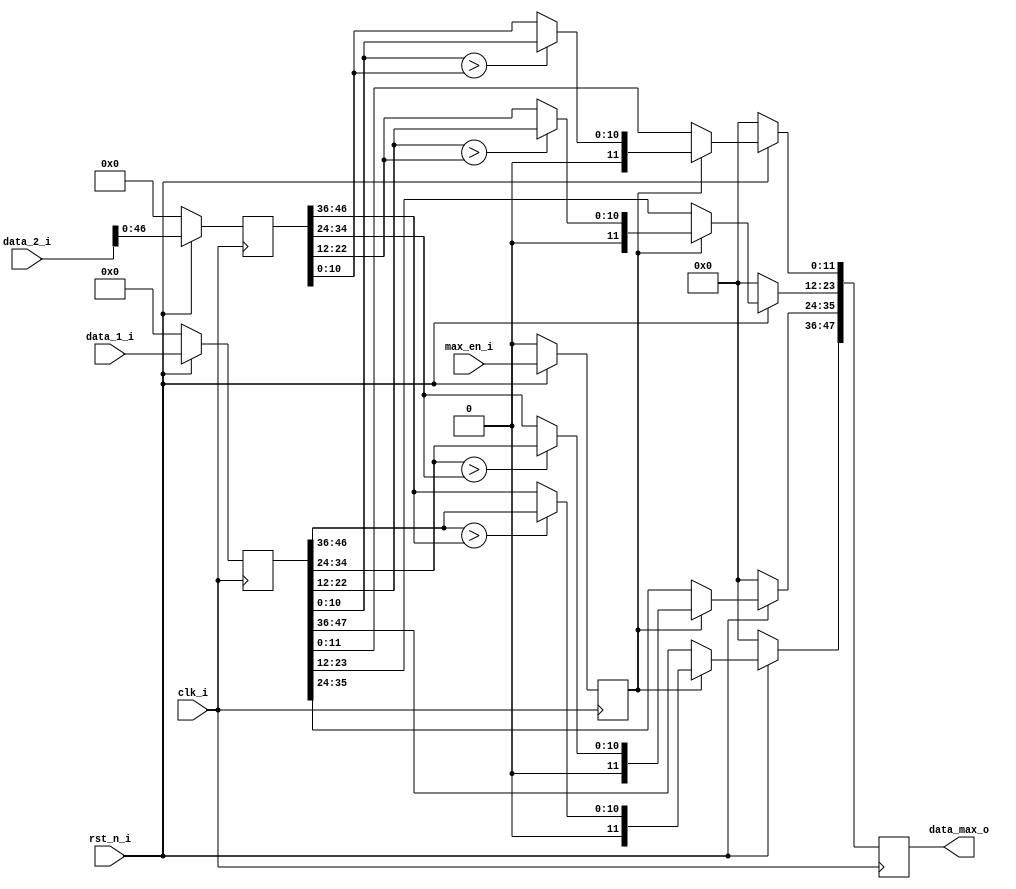
//**************************************************************************************************
// Project/Product : IDCT
// Description     : Inverse Discrete Cosine Transform 
//                   row and column 1D IDCT operation 
//                   with 3 stage pipeline in each 1D IDCT
// Dependencies    : global_defs.v, global_func.v, synch_fifo.v
// References      : 
//
//**************************************************************************************************
   
`timescale 1ns / 1ps

module max_pool(
	clk_i,
	rst_n_i,

	data_1_i,
	data_2_i,
	data_max_o,
	max_en_i
);


//----------------------------------------------------------------------------------------------------------------------
// Global constant and function headers
//----------------------------------------------------------------------------------------------------------------------

//----------------------------------------------------------------------------------------------------------------------
// parameter definitions
//----------------------------------------------------------------------------------------------------------------------

//----------------------------------------------------------------------------------------------------------------------
// localparam definitions
//----------------------------------------------------------------------------------------------------------------------

//----------------------------------------------------------------------------------------------------------------------
// I/O signals
//----------------------------------------------------------------------------------------------------------------------

	// System Clock Signals
	input 															clk_i;
	input 															rst_n_i;

	// Max-pool Control Signals
	input 						[47:0]								data_1_i;
	input 						[47:0]								data_2_i;
	output 	reg					[47:0]								data_max_o;
	input 															max_en_i;

//----------------------------------------------------------------------------------------------------------------------
// Internal wires and registers
//----------------------------------------------------------------------------------------------------------------------

	reg 						[47:0] 								r_data_1;
	reg 						[47:0] 								r_data_2;
	reg 															r_max_en;

	wire 						[10:0] 								w_data_1_1; 
	wire 						[10:0] 								w_data_1_2; 
	wire 						[10:0] 								w_data_1_3; 
	wire 						[10:0] 								w_data_1_4; 

	wire 						[10:0] 								w_data_2_1; 
	wire 						[10:0] 								w_data_2_2; 
	wire 						[10:0] 								w_data_2_3; 
	wire 						[10:0] 								w_data_2_4; 

	wire 						[11:0] 								w_data_max_1; 
	wire 						[11:0] 								w_data_max_2; 
	wire 						[11:0] 								w_data_max_3; 
	wire 						[11:0] 								w_data_max_4; 

//----------------------------------------------------------------------------------------------------------------------
// Implmentation
//----------------------------------------------------------------------------------------------------------------------

	// Input Control Signals
	always @(posedge clk_i) begin : INPUT_SIG
		if(~rst_n_i) begin
			r_data_1 <= 0;
			r_data_2 <= 0;
			r_max_en <= 0;
		end else begin
			r_data_1 <= data_1_i;
			r_data_2 <= data_2_i;
			r_max_en <= max_en_i;
		end
	end

	// Data 1
	assign w_data_1_1 = r_data_1[46:36];
	assign w_data_1_2 = r_data_1[34:24];
	assign w_data_1_3 = r_data_1[22:12];
	assign w_data_1_4 = r_data_1[10:00];

	// Data 2
	assign w_data_2_1 = r_data_2[46:36];
	assign w_data_2_2 = r_data_2[34:24];
	assign w_data_2_3 = r_data_2[22:12];
	assign w_data_2_4 = r_data_2[10:00];

	// Data MAX
	assign w_data_max_1[11:11] = 0;
	assign w_data_max_1[10:00] = (w_data_1_1 > w_data_2_1) ? w_data_1_1 : w_data_2_1;

	assign w_data_max_2[11:11] = 0;
	assign w_data_max_2[10:00] = (w_data_1_2 > w_data_2_2) ? w_data_1_2 : w_data_2_2;

	assign w_data_max_3[11:11] = 0;
	assign w_data_max_3[10:00] = (w_data_1_3 > w_data_2_3) ? w_data_1_3 : w_data_2_3;

	assign w_data_max_4[11:11] = 0;
	assign w_data_max_4[10:00] = (w_data_1_4 > w_data_2_4) ? w_data_1_4 : w_data_2_4;
	
	// DATA MAX
	always @(posedge clk_i) begin : DATA_MAX
		if(~rst_n_i) begin
			data_max_o <= 0;
		end 
		else if(r_max_en) begin
			data_max_o[47:36] <= w_data_max_1;
			data_max_o[35:24] <= w_data_max_2;
			data_max_o[23:12] <= w_data_max_3;
			data_max_o[11:00] <= w_data_max_4;
		end
		else begin
			data_max_o <= r_data_1;
		end
	end
//----------------------------------------------------------------------------------------------------------------------
// Sub module instantiation
//----------------------------------------------------------------------------------------------------------------------

	
endmodule